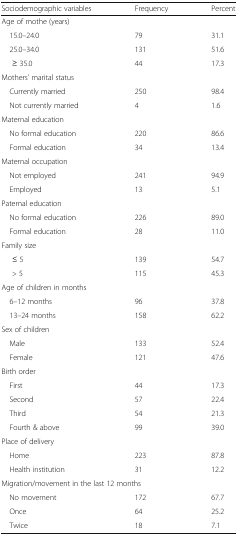
| Sociodemographic variables | Frequency | Percent |
 | --- | --- | --- |
 | <COLSPAN=3> Age of mothe (years) |
 | 15.0–24.0 | 79 | 31.1 |
 | 25.0–34.0 | 131 | 51.6 |
 | ≥ 35.0 | 44 | 17.3 |
 | <COLSPAN=3> Mothers’ marital status |
 | Currently married | 250 | 98.4 |
 | Not currently married | 4 | 1.6 |
 | <COLSPAN=3> Maternal education |
 | No formal education | 220 | 86.6 |
 | Formal education | 34 | 13.4 |
 | <COLSPAN=3> Maternal occupation |
 | Not employed | 241 | 94.9 |
 | Employed | 13 | 5.1 |
 | <COLSPAN=3> Paternal education |
 | No formal education | 226 | 89.0 |
 | Formal education | 28 | 11.0 |
 | <COLSPAN=3> Family size |
 | ≤ 5 | 139 | 54.7 |
 | > 5 | 115 | 45.3 |
 | <COLSPAN=3> Age of children in months |
 | 6–12 months | 96 | 37.8 |
 | 13–24 months | 158 | 62.2 |
 | <COLSPAN=3> Sex of children |
 | Male | 133 | 52.4 |
 | Female | 121 | 47.6 |
 | <COLSPAN=3> Birth order |
 | First | 44 | 17.3 |
 | Second | 57 | 22.4 |
 | Third | 54 | 21.3 |
 | Fourth & above | 99 | 39.0 |
 | <COLSPAN=3> Place of delivery |
 | Home | 223 | 87.8 |
 | Health institution | 31 | 12.2 |
 | <COLSPAN=3> Migration/movement in the last 12 months |
 | No movement | 172 | 67.7 |
 | Once | 64 | 25.2 |
 | Twice | 18 | 7.1 |